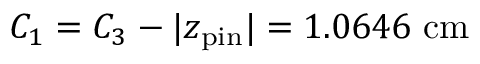
C _ { 1 } = C _ { 3 } - \vert z _ { \mathrm { p i n } } \vert = 1 . 0 6 4 6 \ \mathrm { c m }